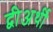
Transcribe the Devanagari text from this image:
द्वीअर्थी